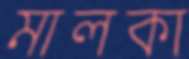
মালকা